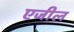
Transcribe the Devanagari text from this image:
एजील